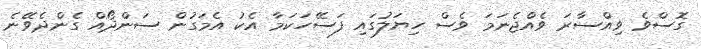
ގޮސްވެ ވިއްސާރަ ވެއްޖެނަމަ ވެސް ހިޔަލުގައި ފަސޭހަކަމާ އެކު އެމަގުން ސަންދޯއް ގެންދެވޭނެ